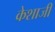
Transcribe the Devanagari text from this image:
केशाजी